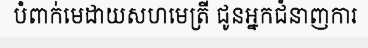
បំពាក់មេដាយសហមេត្រី ជូនអ្នកជំនាញការ